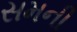
સમની